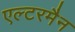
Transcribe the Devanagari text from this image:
एल्टरमैन